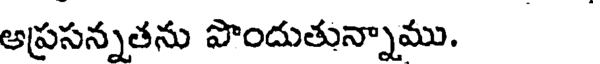
అప్రసన్నతను పొందుతున్నాము.